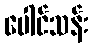
ပေါင်သန်း